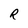
Character: R